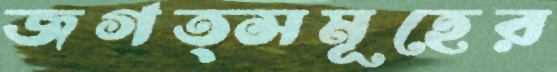
জগত্সমূহের